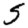
Digit: 5